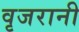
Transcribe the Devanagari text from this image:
वृजरानी